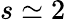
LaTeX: s\simeq 2